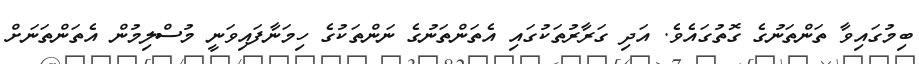
ބިމުގައިވާ ތަންތަނުގެ ގޮތުގައެވެ. އަދި ގަރާރުތަކުގައި އެތަންތަނުގެ ނަންތަކުގެ ހިމަނާފައިވަނީ މުސްލިމުން އެތަންތަނަށް